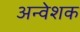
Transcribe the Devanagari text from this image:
अन्वेशक